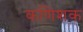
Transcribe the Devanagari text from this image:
कणिशक